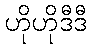
ဟိုဟိုဒီဒီ